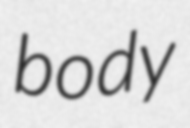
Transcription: body